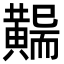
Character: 𪏖